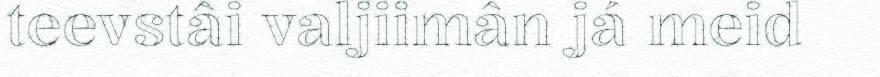
teevstâi valjiimân já meid